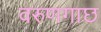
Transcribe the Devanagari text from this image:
वरुणगाछ